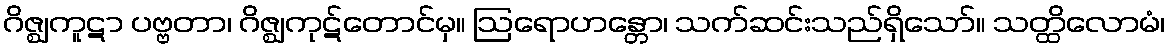
ဂိဇ္ဈကူဋာ ပဗ္ဗတာ၊ ဂိဇ္ဈကုဋ်တောင်မှ။ ဩရောဟန္တော၊ သက်ဆင်းသည်ရှိသော်။ သတ္ထိလောမံ၊